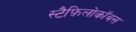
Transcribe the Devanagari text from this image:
स्टैफ़िलोकॉबस